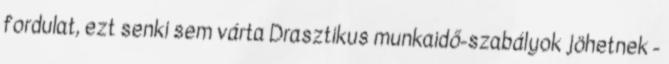
fordulat, ezt senki sem várta Drasztikus munkaidő-szabályok jöhetnek -